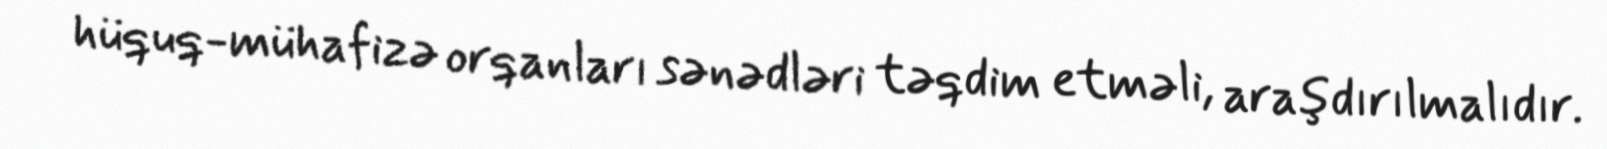
hüquq-mühafizə orqanları sənədləri təqdim etməli, araşdırılmalıdır.